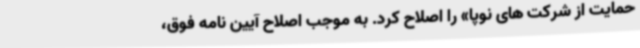
حمایت از شرکت های نوپا» را اصلاح کرد. به موجب اصلاح آیین نامه فوق،